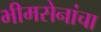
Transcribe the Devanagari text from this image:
भीमसेनांचा